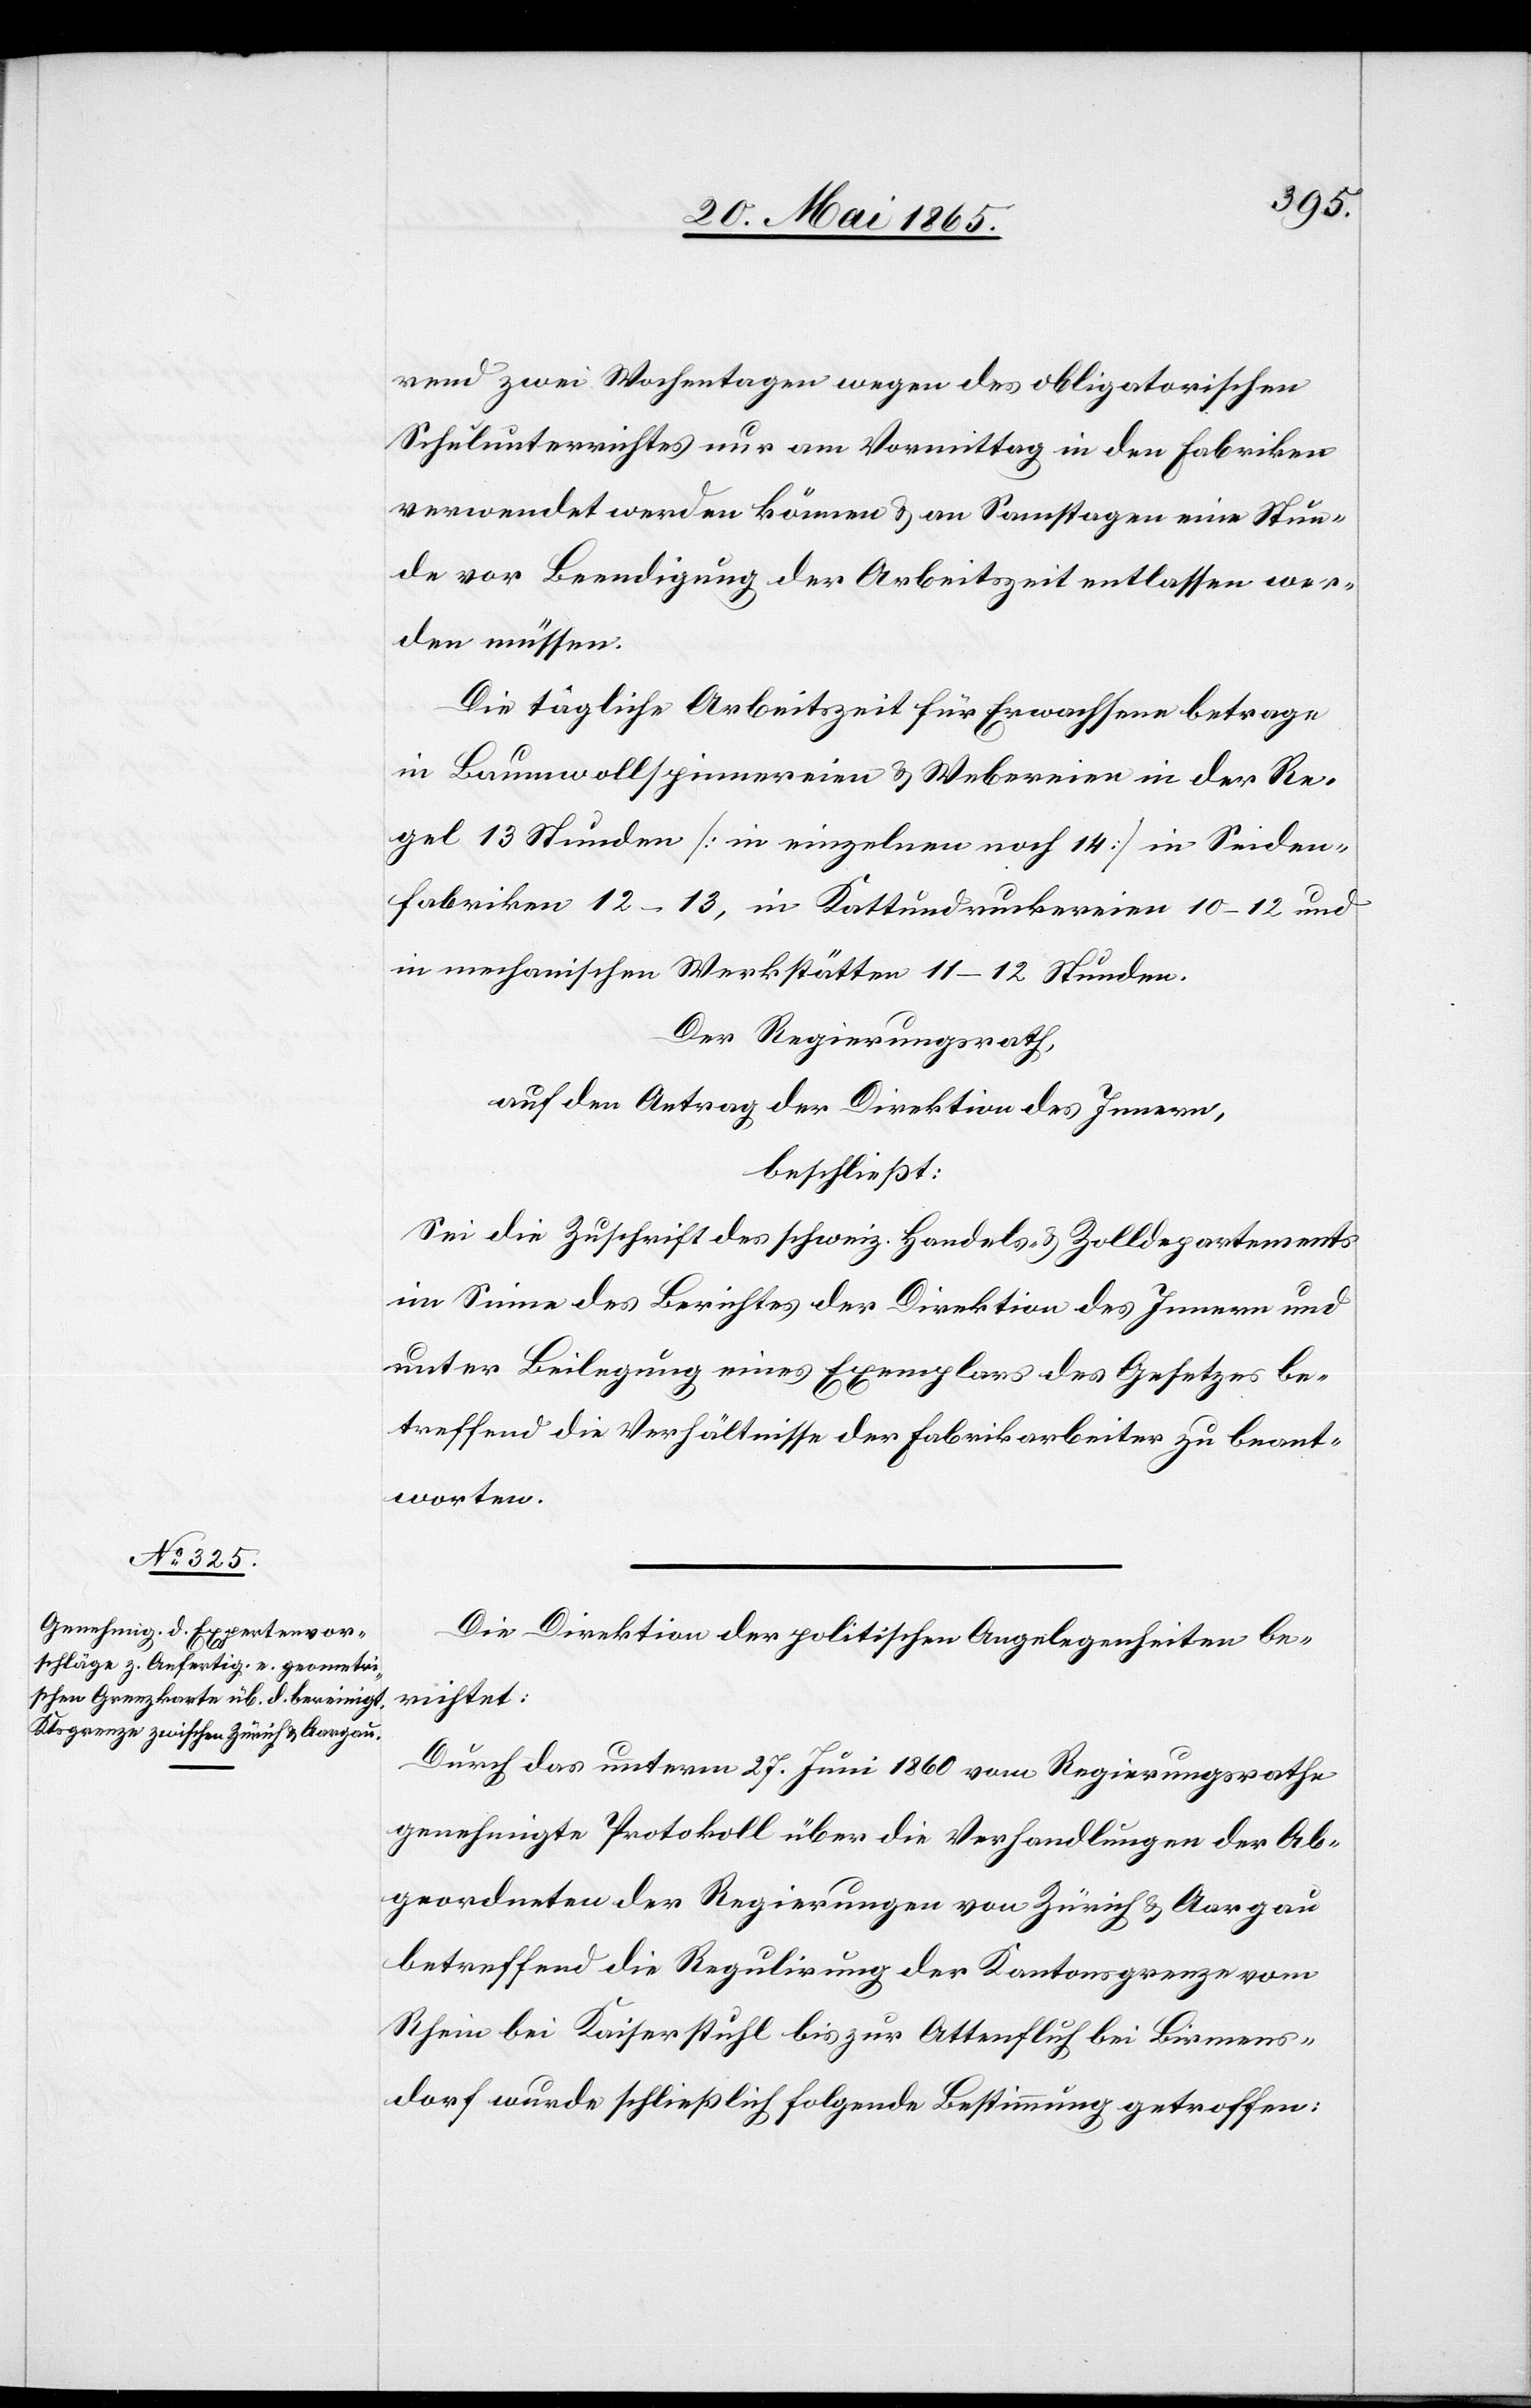
rend zwei Wochentagen wegen des obligatorischen
Schulunterrichtes nur am Vormittag in den Fabriken
verwendet werden können & an Samstagen eine Stun¬
de vor Beendigung der Arbeitszeit entlassen wer¬
den müssen.
Die tägliche Arbeitszeit für Erwachsene betrage
in Baumwollspinnereien & Webereien in der Re¬
gel 13 Stunden [in einzelnen noch 14] in Seiden¬
fabriken 12–13 , in Kattundruckereien 10–12 und
in mechanischen Werkstätten 11–12 Stunden.
Der Regierungsrath,
auf den Antrag der Direktion des Innern,
beschließt:
Sei die Zuschrift des schweiz. Handels- & Zolldepartements
im Sinne des Berichtes der Direktion des Innern und
unter Beilegung eines Exemplars des Gesetzes be¬
treffend die Verhältnisse der Fabrikarbeiter zu beant¬
worten.
Die Direktion der politischen Angelegenheiten be¬
richtet:
Durch das unterm 27. Juni 1860 vom Regierungsrathe
genehmigte Protokoll über die Verhandlungen der Ab¬
geordneten der Regierungen von Zürich & Aargau
betreffend die Regulirung der Kantonsgrenze vom
Rhein bei Kaiserstuhl bis zur Attenfluh bei Birmens¬
dorf wurde schließlich folgende Bestimmung getroffen: